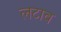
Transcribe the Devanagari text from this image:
लटाव